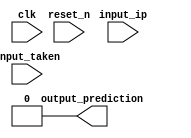
`define BLOCK_NUM 256
`define BLOCK_BIT 8
`define HISTORY_BIT 16
`define HIT_TOT 17
`define THRESHOLD 44
`define WEIGHT_BIT 10

module perceptron_branch_predictor(clk, reset_n, input_ip, output_prediction, input_taken);
   input clk;
   input reset_n;
   input [63:0] input_ip;
   wire [63:0] input_ip;
   input input_taken;
   wire input_taken;
   output output_prediction;
   wire output_prediction;
   reg output_reg;
   reg pre_reg;

   // 256*17 matrix each of which has 32bits
   reg signed [`WEIGHT_BIT-1:0] predictor [0:`BLOCK_NUM-1][0:`HISTORY_BIT]; 
   reg [`HISTORY_BIT:0] history; // 16 bits for history and one bit for bias
   /* We should update the perceptron with the actual outcome of the previous ip
   so prev_block_index is needed to keep it */
   reg [`BLOCK_BIT-1:0] prev_block_index;
   reg signed [`WEIGHT_BIT-1:0] y; // output of the perceptron
   reg signed [`WEIGHT_BIT-1:0] temp [0:`HISTORY_BIT]; // used for dot product

   reg first; // used to check whether it is the first cycle or not
   integer i,j; // for for-loop
   assign output_prediction = pre_reg; // for the test, we use prev prediction

   initial begin
      output_reg <= 0;
      pre_reg <= 0;     
      y <= `WEIGHT_BIT'b0;
      first <= 1'b1; // At first, it should be 1 and except that, it is always 0
      history <= `HIT_TOT'b1; //  x_0 is always 1, providing a bias input
      prev_block_index <= `BLOCK_BIT'b11111111; 
      begin for(i=0;i<`BLOCK_NUM;i=i+1)
         begin for(j=0;j<`HISTORY_BIT+1;j=j+1)
            predictor[i][j] <= `WEIGHT_BIT'b0;
         end
      end
   end
   always @ (negedge reset_n) begin 
      output_reg <= 0;
      pre_reg <= 0;     
      y <= `WEIGHT_BIT'b0;
      first <= 1'b1; // At first, it should be 1 and except that, it is always 0
      history <= `HIT_TOT'b1; //  x_0 is always 1, providing a bias input
      prev_block_index <= `BLOCK_BIT'b11111111; 
      begin for(i=0;i<`BLOCK_NUM;i=i+1)
         begin for(j=0;j<`HISTORY_BIT+1;j=j+1)
            predictor[i][j] <= `WEIGHT_BIT'b0;
         end
      end
   end

   always @ (posedge clk) begin
      if(!first) begin
      /* if prediction was wrong OR the output y is within the threshold 
	  then train the perceptron */
         if(input_taken != output_reg || (y<8'd`THRESHOLD && y>-8'd`THRESHOLD)) begin
         /* When the branch outcome agrees with x_i(global branch history) 
		 then i-th weight is incremented,
         or decremented otherwise.*/
            predictor[prev_block_index][0] <= predictor[prev_block_index][0] 
				   + ((((~input_taken)&history[0]) || ((~history[0])&input_taken)) ?
				   -`WEIGHT_BIT'b1 : `WEIGHT_BIT'b1);
            predictor[prev_block_index][1] <= predictor[prev_block_index][1] 
				   + ((((~input_taken)&history[1]) || ((~history[1])&input_taken)) ? 
				   -`WEIGHT_BIT'b1 : `WEIGHT_BIT'b1);
            predictor[prev_block_index][2] <= predictor[prev_block_index][2] 
				   + ((((~input_taken)&history[2]) || ((~history[2])&input_taken)) ? 
				   -`WEIGHT_BIT'b1 : `WEIGHT_BIT'b1);
            predictor[prev_block_index][3] <= predictor[prev_block_index][3]
				   + ((((~input_taken)&history[3]) || ((~history[3])&input_taken)) ?
				   -`WEIGHT_BIT'b1 : `WEIGHT_BIT'b1);
            predictor[prev_block_index][4] <= predictor[prev_block_index][4]    
            	+ ((((~input_taken)&history[4]) || ((~history[4])&input_taken)) ?
				   -`WEIGHT_BIT'b1 : `WEIGHT_BIT'b1);
            predictor[prev_block_index][5] <= predictor[prev_block_index][5]
				   + ((((~input_taken)&history[5]) || ((~history[5])&input_taken)) ? 
				   -`WEIGHT_BIT'b1 : `WEIGHT_BIT'b1);
            predictor[prev_block_index][6] <= predictor[prev_block_index][6]  
				   + ((((~input_taken)&history[6]) || ((~history[6])&input_taken)) ? 
				   -`WEIGHT_BIT'b1 : `WEIGHT_BIT'b1);
            predictor[prev_block_index][7] <= predictor[prev_block_index][7]
				   + ((((~input_taken)&history[7]) || ((~history[7])&input_taken)) ? 
				   -`WEIGHT_BIT'b1 : `WEIGHT_BIT'b1);
            predictor[prev_block_index][8] <= predictor[prev_block_index][8]  
				   + ((((~input_taken)&history[8]) || ((~history[8])&input_taken)) ? 
				   -`WEIGHT_BIT'b1 : `WEIGHT_BIT'b1);
            predictor[prev_block_index][9] <= predictor[prev_block_index][9]
				   + ((((~input_taken)&history[9]) || ((~history[9])&input_taken)) ? 
				   -`WEIGHT_BIT'b1 : `WEIGHT_BIT'b1);
            predictor[prev_block_index][10] <= predictor[prev_block_index][10] 
				   + ((((~input_taken)&history[10]) || ((~history[10])&input_taken)) ? 
				   -`WEIGHT_BIT'b1 : `WEIGHT_BIT'b1);
            predictor[prev_block_index][11] <= predictor[prev_block_index][11]
				   + ((((~input_taken)&history[11]) || ((~history[11])&input_taken)) ? 
				   -`WEIGHT_BIT'b1 : `WEIGHT_BIT'b1);
            predictor[prev_block_index][12] <= predictor[prev_block_index][12]
				   + ((((~input_taken)&history[12]) || ((~history[12])&input_taken)) ? 
				   -`WEIGHT_BIT'b1 : `WEIGHT_BIT'b1);
            predictor[prev_block_index][13] <= predictor[prev_block_index][13]
                + ((((~input_taken)&history[13]) || ((~history[13])&input_taken)) ?
				   -`WEIGHT_BIT'b1 : `WEIGHT_BIT'b1);
            predictor[prev_block_index][14] <= predictor[prev_block_index][13]
				   + ((((~input_taken)&history[14]) || ((~history[14])&input_taken)) ? 
				   -`WEIGHT_BIT'b1 : `WEIGHT_BIT'b1);
            predictor[prev_block_index][15] <= predictor[prev_block_index][15]   
				   + ((((~input_taken)&history[15]) || ((~history[15])&input_taken)) ? 
				   -`WEIGHT_BIT'b1 : `WEIGHT_BIT'b1);
            predictor[prev_block_index][16] <= predictor[prev_block_index][16]
			      + ((((~input_taken)&history[16]) || ((~history[16])&input_taken)) ? 
			      -`WEIGHT_BIT'b1 : `WEIGHT_BIT'b1);
         end
      end
	  /* Each element of history[i] is x_i; each is either 1(taken) or -1(not taken). 
      x_i are the bits of a global branch history shift register so it is moved to left one by one, 
      x_0 is always 1, providing a bias input */
      history <= {history[15:1],input_taken,1'b1};

      #1
      /* dot product of weight vector(predictor[][] and the input vector x_i(1 or -1) */
      temp[0] <= history[0] ? 
	  	   predictor[input_ip[`BLOCK_BIT-1:0]][0] : -predictor[input_ip[`BLOCK_BIT-1:0]][0];
      temp[1] <= history[1] ? 
	   	predictor[input_ip[`BLOCK_BIT-1:0]][1] : -predictor[input_ip[`BLOCK_BIT-1:0]][1];
      temp[2] <= history[2] ? 
	  	   predictor[input_ip[`BLOCK_BIT-1:0]][2] : -predictor[input_ip[`BLOCK_BIT-1:0]][2];
      temp[3] <= history[3] ? 
	  	   predictor[input_ip[`BLOCK_BIT-1:0]][3] : -predictor[input_ip[`BLOCK_BIT-1:0]][3];
      temp[4] <= history[4] ? 
	   	predictor[input_ip[`BLOCK_BIT-1:0]][4] : -predictor[input_ip[`BLOCK_BIT-1:0]][4];
      temp[5] <= history[5] ? 
	  	   predictor[input_ip[`BLOCK_BIT-1:0]][5] : -predictor[input_ip[`BLOCK_BIT-1:0]][5];
      temp[6] <= history[6] ? 
	  	   predictor[input_ip[`BLOCK_BIT-1:0]][6] : -predictor[input_ip[`BLOCK_BIT-1:0]][6];
      temp[7] <= history[7] ? 
	  	   predictor[input_ip[`BLOCK_BIT-1:0]][7] : -predictor[input_ip[`BLOCK_BIT-1:0]][7];
      temp[8] <= history[8] ? 
	  	   predictor[input_ip[`BLOCK_BIT-1:0]][8] : -predictor[input_ip[`BLOCK_BIT-1:0]][8];
      temp[9] <= history[9] ? 
	  	   predictor[input_ip[`BLOCK_BIT-1:0]][9] : -predictor[input_ip[`BLOCK_BIT-1:0]][9];
      temp[10] <= history[10] ? 
	  	   predictor[input_ip[`BLOCK_BIT-1:0]][10] : -predictor[input_ip[`BLOCK_BIT-1:0]][10];
      temp[11] <= history[11] ? 
	  	   predictor[input_ip[`BLOCK_BIT-1:0]][11] : -predictor[input_ip[`BLOCK_BIT-1:0]][11];
      temp[12] <= history[12] ? 
	   	predictor[input_ip[`BLOCK_BIT-1:0]][12] : -predictor[input_ip[`BLOCK_BIT-1:0]][12];
      temp[13] <= history[13] ? 
	  	   predictor[input_ip[`BLOCK_BIT-1:0]][13] : -predictor[input_ip[`BLOCK_BIT-1:0]][13];
      temp[14] <= history[14] ? 
	  	   predictor[input_ip[`BLOCK_BIT-1:0]][14] : -predictor[input_ip[`BLOCK_BIT-1:0]][14];
      temp[15] <= history[15] ? 
	  	   predictor[input_ip[`BLOCK_BIT-1:0]][15] : -predictor[input_ip[`BLOCK_BIT-1:0]][15];
      temp[16] <= history[16] ? 
	  	   predictor[input_ip[`BLOCK_BIT-1:0]][16] : -predictor[input_ip[`BLOCK_BIT-1:0]][16];
	  #1
      /* So the final output of dot product is y below */
      y <= temp[0]+temp[1]+temp[2]+temp[3]+temp[4]+temp[5]+temp[6]+temp[7]
      +temp[8]+temp[9]+temp[10]+temp[11]+temp[12]+temp[13]+temp[14]+temp[15]
      +temp[16];
      #1
	  
	  // set previous prediction
	  pre_reg <= output_reg;
      // The branch is predicted as "not taken" when y is negative, or as "taken" otherwise.
      output_reg <= !(y<0); 
      prev_block_index <= input_ip[`BLOCK_BIT-1:0]; // keep the index of input_ip for the next cycle
      first <= 1'b0; // After the first cycle, it's always zero.
   end
endmodule